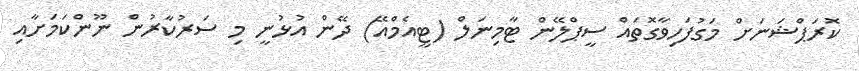
ކޮރަޕްޝަނަށް މަގުފަހިވާގޮތައް ސީޕްލޭން ޓާމިނަލް (ޓީއެމްއޭ) ދޭން އުޅުނީ މި ސަރުކާރުން ނޫންކަމަށާއި